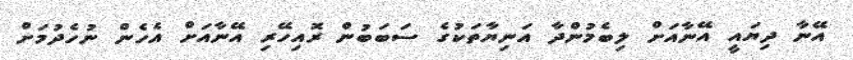
އޭނާ ދިޔައީ އޭނާއަށް ލިބެމުންދާ އަނިޔާތަކުގެ ސަބަބުން ރޮއިހޭރި އޭނާއަށް އެހެން ނުހެދުމަށް